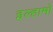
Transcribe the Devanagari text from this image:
इल्हामो